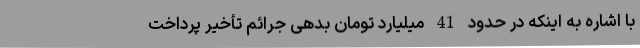
با اشاره به اینکه در حدود 41 میلیارد تومان بدهی جرائم تأخیر پرداخت